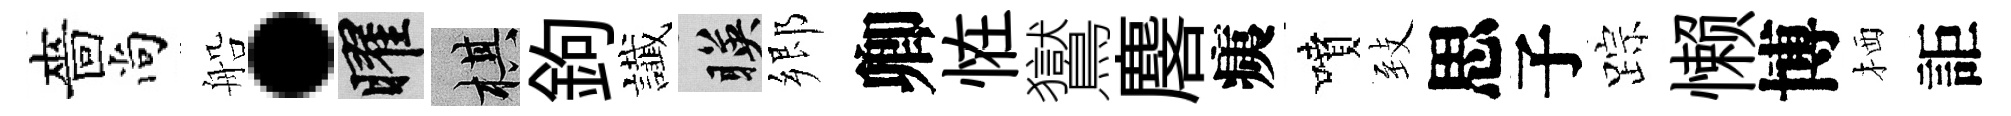
嗇尚船·曜棋鉤䜟暎郷卿恠鸑麐痍噴𦤺思子踪懒博栖詎